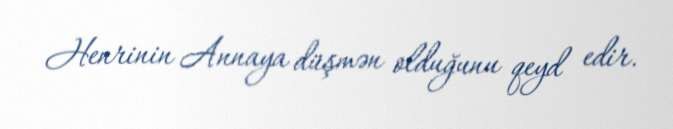
Henrinin Annaya düşmən olduğunu qeyd edir.